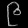
Digit: ၉